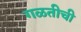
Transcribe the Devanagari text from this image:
गळतीची